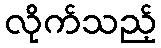
လိုက်သည့်